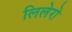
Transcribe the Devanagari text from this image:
लिलेरो